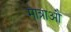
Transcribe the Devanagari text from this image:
मात्राऔं